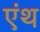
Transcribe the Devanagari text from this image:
एंथ